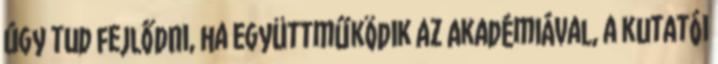
úgy tud fejlődni, ha együttműködik az Akadémiával, a kutatói